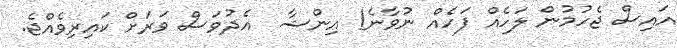
އައިސް ޖެހުމުން ލަހެއް ފަހެއް ނުވާނެ! އިންޝާ  އެދުވަސް ވަރަށް ކައިރިވެއްޖެ.